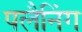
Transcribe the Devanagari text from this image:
पलैनिंग